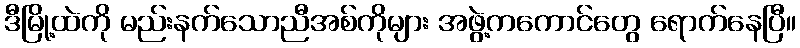
ဒီမြို့ထဲကို မည်းနက်သောညီအစ်ကိုများ အဖွဲ့ကကောင်တွေ ရောက်နေပြီ။